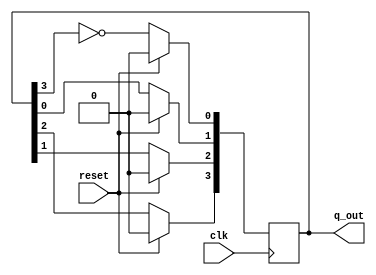
`timescale 1ns / 1ps
//////////////////////////////////////////////////////////////////////////////////
// Company: 
// Engineer: 
// 
// Design Name: 
// Module Name: Johnson_counter
// Project Name: 
// Target Devices: 
// Tool Versions: 
// Description: 
// 
// Dependencies: 
// 
// Revision:
// Revision 0.01 - File Created
// Additional Comments:
// 
//////////////////////////////////////////////////////////////////////////////////


module Johnson_counter(
    input clk,reset,
    output [3:0] q_out
    );
    
    reg[3:0]q_temp;
    integer i;
    always@(posedge clk) begin
    if(reset==1'b0) begin
    q_temp[0]<=~q_temp[3];
    for(i=0;i<=3;i=i+1) begin
    q_temp[i+1]<=q_temp[i];
   end
    end
    else 
    q_temp<=4'b0000;
   
    end
    
    assign q_out=q_temp;
    
endmodule